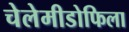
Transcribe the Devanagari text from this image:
चेलेमीडोफिला